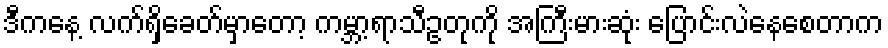
ဒီကနေ့ လက်ရှိခေတ်မှာတော့ ကမ္ဘာ့ရာသီဥတုကို အကြီးမားဆုံး ပြောင်းလဲနေစေတာက